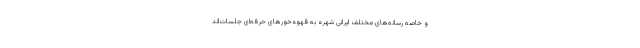
و خاصه رسانه‌های مختلف ایرانی شهره به قهوه‌خورهای حرفه‌ای جلسات‌اند